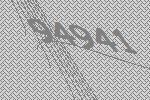
94941